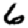
Digit: 6